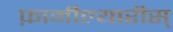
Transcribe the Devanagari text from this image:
फ़ामील्यारीस्